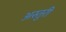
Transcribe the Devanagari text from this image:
अस्तुरी